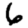
Digit: 6